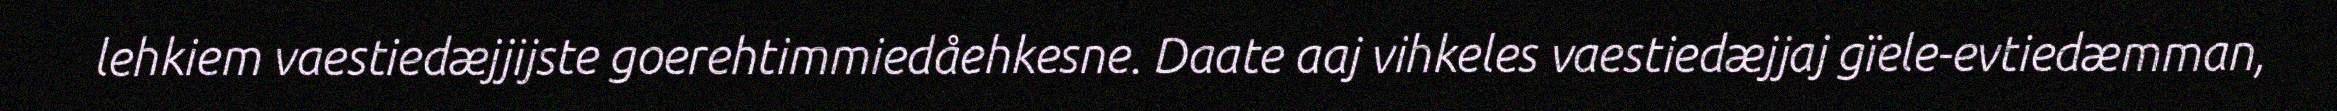
lehkiem vaestiedæjjijste goerehtimmiedåehkesne. Daate aaj vihkeles vaestiedæjjaj gïele-evtiedæmman,